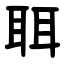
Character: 聑